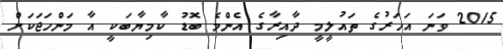
2015 ވަަނަ އަހަރުގެ ތައުލީމީ ދާއިރާގެ އެންމެ ބޮޑު ކާމިޔާބަކީ އާ މަންހަޖަކަށް